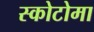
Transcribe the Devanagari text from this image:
स्कोटोमा